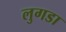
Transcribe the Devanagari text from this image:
लुगडा